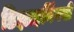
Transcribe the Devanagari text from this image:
डिझाइनिंगची